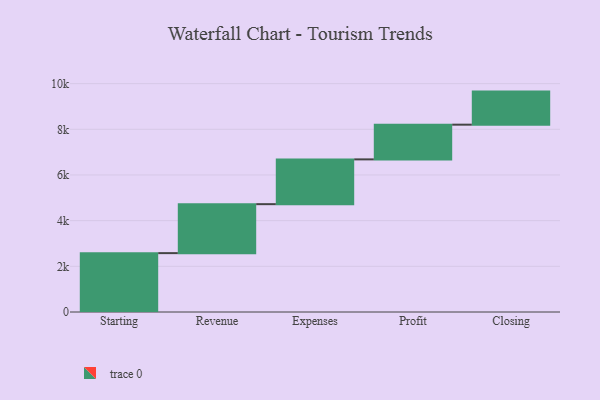
{"axis": {"x": "Step", "y": "Value"}, "legend": [""], "data": [{"x": "Starting", "y": 2578.0, "type": ""}, {"x": "Revenue", "y": 2144.0, "type": ""}, {"x": "Expenses", "y": 1961.0, "type": ""}, {"x": "Profit", "y": 1520.0, "type": ""}, {"x": "Closing", "y": 1448.0, "type": ""}]}